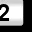
Digit: 2